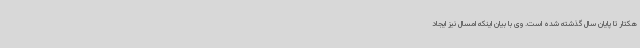
هکتار تا پایان سال گذشته شده است. وی با بیان اینکه امسال نیز ایجاد